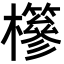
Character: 𣟹